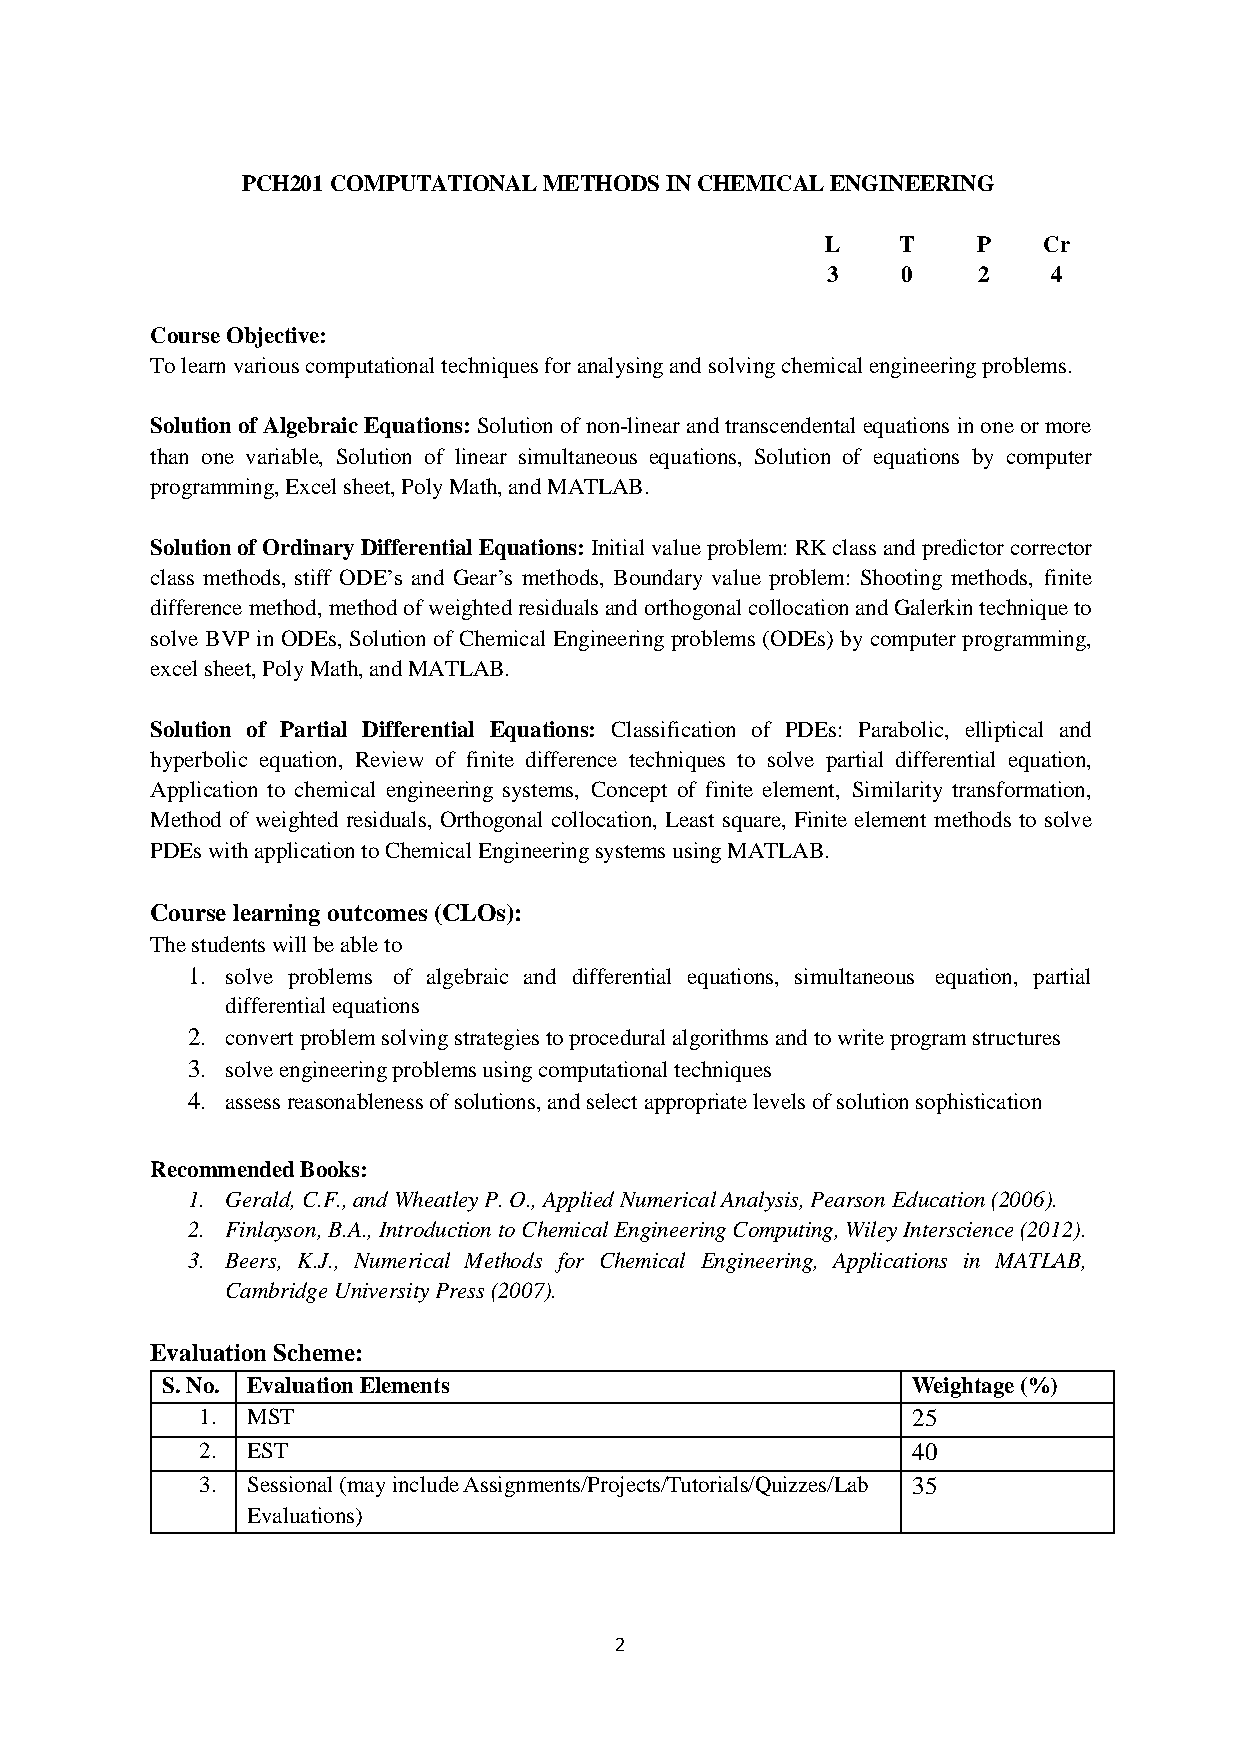
PCH201 COMPUTATIONAL METHODS IN CHEMICAL ENGINEERING
 L   T     P   Cr
 3    0    2    4
 Course Objective:
 To learn various computational techniques for analysing and solving chemical engineering problems.
 Solution of Algebraic Equations: Solution of non-linear and transcendental equations in one or more
 than one variable, Solution of linear simultaneous equations, Solution of equations by computer
 programming, Excel sheet, Poly Math, and MATLAB.
 Solution of Ordinary Differential Equations: Initial value problem: RK class and predictor corrector
 class methods, stiff ODE’s and Gear’s methods, Boundary value problem: Shooting methods, finite
 difference method, method of weighted residuals and orthogonal collocation and Galerkin technique to
 solve BVP in ODEs, Solution of Chemical Engineering problems (ODEs) by computer programming,
 excel sheet, Poly Math, and MATLAB.
 Solution of Partial Differential Equations: Classification of PDEs: Parabolic, elliptical and
 hyperbolic equation, Review of finite difference techniques to solve partial differential equation,
 Application to chemical engineering systems, Concept of finite element, Similarity transformation,
 Method of weighted residuals, Orthogonal collocation, Least square, Finite element methods to solve
 PDEs with application to Chemical Engineering systems using MATLAB.
 Course learning outcomes (CLOs):
 The students will be able to
 1. solve problems of algebraic and differential equations, simultaneous equation, partial
 differential equations
 2. convert problem solving strategies to procedural algorithms and to write program structures
 3. solve engineering problems using computational techniques
 4. assess reasonableness of solutions, and select appropriate levels of solution sophistication
 Recommended Books:
 1. Gerald, C.F., and Wheatley P. O., Applied Numerical Analysis, Pearson Education (2006).
 2. Finlayson, B.A., Introduction to Chemical Engineering Computing, Wiley Interscience (2012).
 3. Beers, K.J., Numerical Methods for Chemical Engineering, Applications in MATLAB,
 Cambridge University Press (2007).
 Evaluation Scheme:
 S. No. Evaluation Elements                       Weightage (%)
 1. MST                                         25
 2. EST                                         40
 3. Sessional (may include Assignments/Projects/Tutorials/Quizzes/Lab 35
 Evaluations)
 2